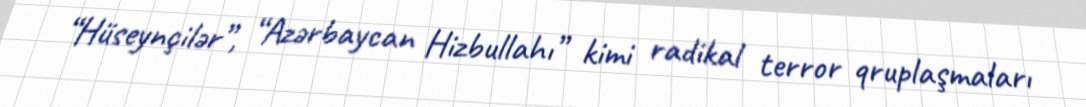
“Hüseynçilər”, “Azərbaycan Hizbullahı” kimi radikal terror qruplaşmaları